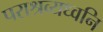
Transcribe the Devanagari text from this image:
पराश्रव्यध्वनि